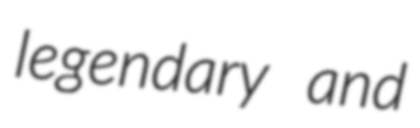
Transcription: legendary and